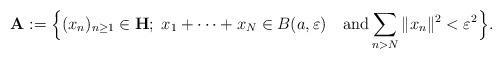
LaTeX: \begin{align*}\mathbf A:=\Bigl\{ (x_n)_{n\ge 1}\in\mathbf H;\; x_1+\cdots +x_N\in B(a,\varepsilon)\quad{\rm and}\sum_{n>N} \Vert x_n\Vert^2<\varepsilon^2\Bigr\}.\end{align*}